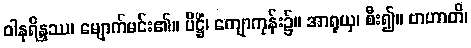
ဝါနရိန္ဒဿ၊ မျောက်မင်း၏။ ပိဋ္ဌိံ၊ ကျောကုန်း၌။ အာရုယှ၊ စီး၍။ ဗာဟာတိ၊